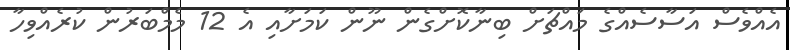
އެއްވެސް އަސާސެއްގެ މައްޗަށް ބިނާކޮށްގެން ނޫން ކަަމަށާއި އެ 12 މެމްބަރުން ކުރެއްވިހާ